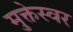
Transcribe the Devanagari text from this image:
मुक्तेस्वर